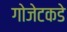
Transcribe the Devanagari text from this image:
गोजेटकडे